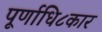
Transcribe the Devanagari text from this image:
पूर्णाधि८कार